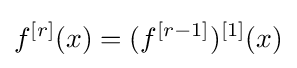
f^{[r]}(x)=(f^{[r-1]})^{[1]}(x)